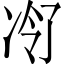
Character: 𪞠